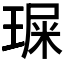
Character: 𤧁